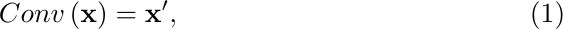
\begin{equation}
	Conv\left(\mathbf{x}\right)=\mathbf{x}',
	\vspace{-1mm}
\end{equation}